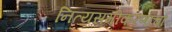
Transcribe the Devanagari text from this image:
नित्यसमीकरणांचा